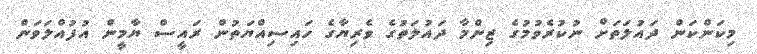
މިކަންކަން ދައުލަތަށް ނުކުރެވުމުގެ ޒިންމާ ދައުލަތުގެ ވެރިޔާގެ ހައިސިއްޔަތުން ރައީސް ޔާމީން އުފުއްލަވަން